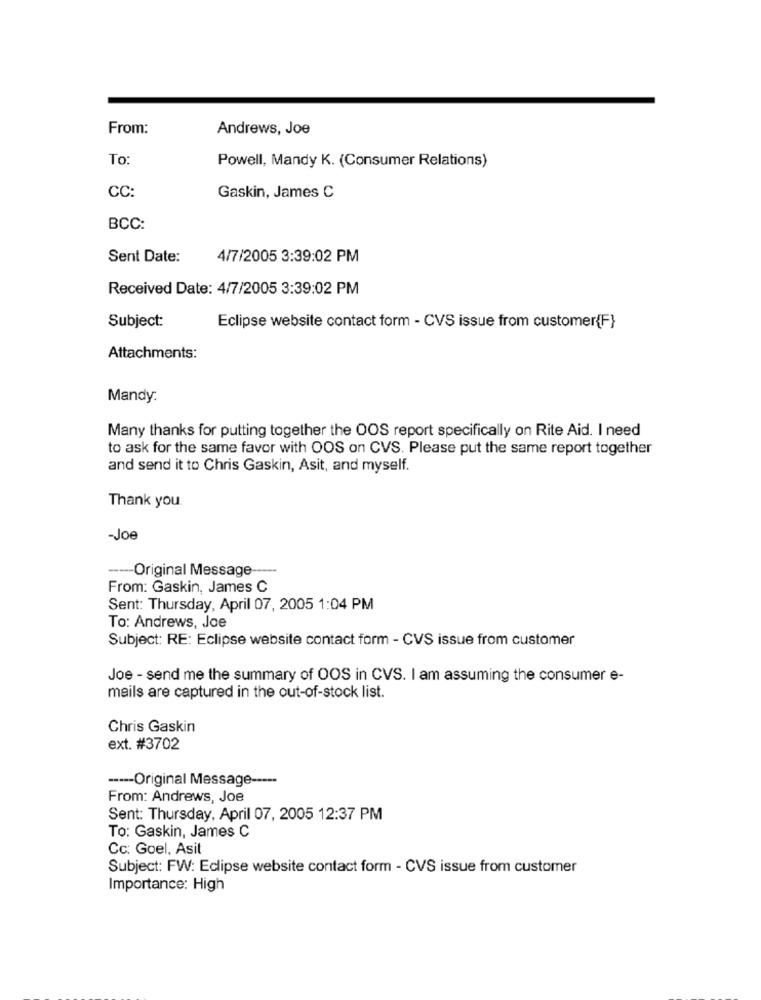
From:
Andrews, Joe
To
Powell, Mandy K. (Consumer Relations)
CC:
Gaskin, James C
BCC:
Sent Date:
4/7/2005 3:39:02 PM
Received Date: 4/7/2005 3:39:02 PM
Subject:
Eclipse website contact form - CVS issue from customer{F}
Attachments:
Mandy:
Many thanks for putting together the OOS report specifically on Rite Aid. I need
to ask for the same favor with OOS on CVS. Please put the same report together
and send it to Chris Gaskin, Asit, and myself.
Thank you
-Joe
---- Original Message -----
From: Gaskin, James C
Sent: Thursday, April 07, 2005 1:04 PM
To: Andrews, Joe
Subject: RE: Eclipse website contact form - CVS issue from customer
Joe - send me the summary of OOS in CVS. I am assuming the consumer e-
mails are captured in the out-of-stock list.
Chris Gaskin
ext. #3702
----- Original Message -----
From: Andrews, Joe
Sent: Thursday, April 07, 2005 12:37 PM
To: Gaskin, James C
Cc: Goel, Asit
Subject: FW: Eclipse website contact form - CVS issue from customer
Importance: High